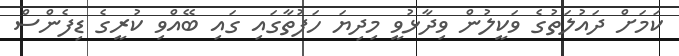
ކަމަށް ދައުލަތުގެ ވަކީލުން ވިދާޅުވީ މިދިޔަ ހަފުތާގައި ގައި ބޭއްވި ކުރީގެ ޑިފެންސް